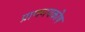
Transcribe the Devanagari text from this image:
प्राणमयकोष